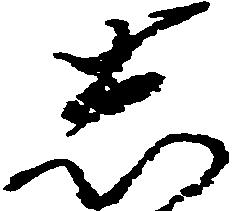
志